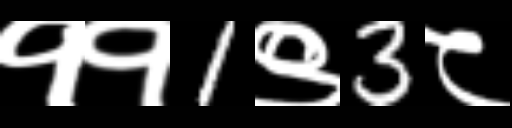
Text: ११1९3८